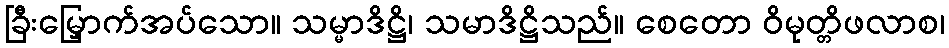
ခြီးမြှောက်အပ်သော။ သမ္မာဒိဋ္ဌိ၊ သမာဒိဋ္ဌိသည်။ စေတော ဝိမုတ္တိဖလာစ၊